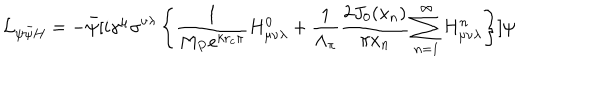
LaTeX: { \cal L } _ { \psi \bar { \psi } H } = - \bar { \psi } [ i \gamma ^ { \mu } \sigma ^ { \nu \lambda } \left\{ \frac { 1 } { M _ { P } e ^ { k r _ { c } \pi } } H _ { \mu \nu \lambda } ^ { 0 } + \frac { 1 } { \Lambda _ { \pi } } \frac { 2 J _ { 0 } ( x _ { n } ) } { \pi x _ { n } } \sum _ { n = 1 } ^ { \infty } H _ { \mu \nu \lambda } ^ { n } \right\} ] \psi